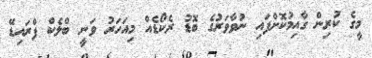
މީގެ ކުރިން ގާއިމުކޮށްފައި ނުވާވަރުގެ ބޮޑު ރެކޯޑެއް މިއަހަރު ވަނީ ބްލެކް ފްރައިޑޭ